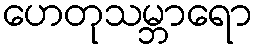
ဟေတုသမ္ဘာရော